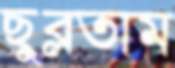
ছুব্‌লতাম